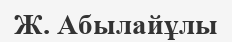
Ж. Абылайұлы